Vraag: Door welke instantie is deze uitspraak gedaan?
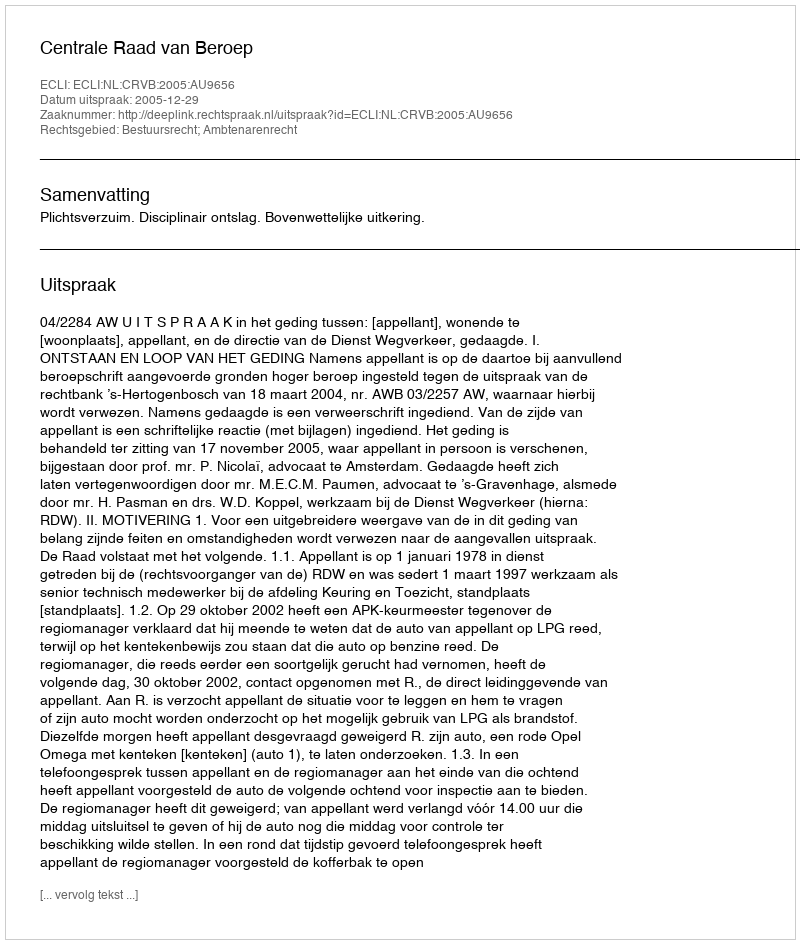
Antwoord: Centrale Raad van Beroep